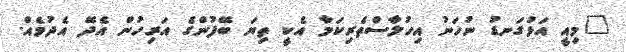
"މިއީ އަޅުގަނޑު ނުހަނު އިހުލާސްތެރިކަމާ އެކީ ތިޔަ ބޭފުންގެ އަރިހުން އެދޭ އެދުމެއް.